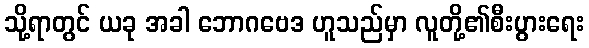
သို့ရာတွင် ယခု အခါ ဘောဂဗေဒ ဟူသည်မှာ လူတို့၏စီးပွားရေး